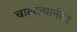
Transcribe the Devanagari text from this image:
चाखल्यानंतर